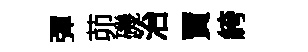
彈茆磯治賈絝